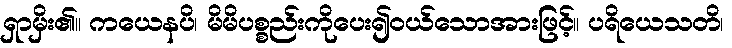
ရှာမှိး၏။ ကယေနပိ၊ မိမိပစ္စည်းကိုပေး၍ဝယ်သောအားဖြင့်။ ပရိယေသတိ၊